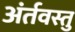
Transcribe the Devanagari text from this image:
अंर्तवस्तु